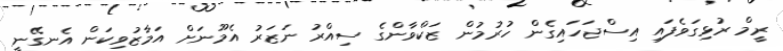
ރީމް ރުޅިގަވެފައި އިސްޖަހައިގެން ހުރުމުން ޒަކްވާންގެ ސިއްރު ނަޒަރު އެމޫނަށް އަމާޒުވިކަން އެނގޭނީ